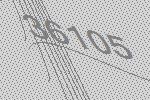
36105